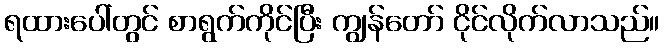
ရထားပေါ်တွင် စာရွက်ကိုင်ပြီး ကျွန်တော် ငိုင်လိုက်လာသည်။